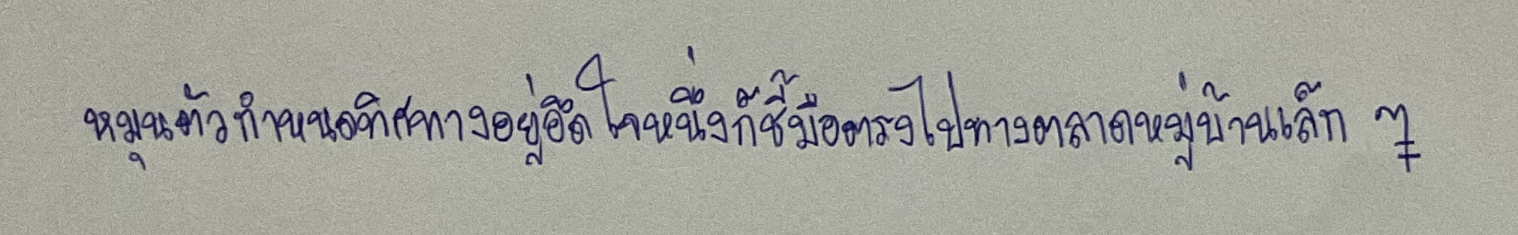
หมุนตัวกำหนดทิศทางอยู่อึดใจหนึ่งก็ชี้มือตรงไปทางตลาดหมู่บ้านเล็กๆ